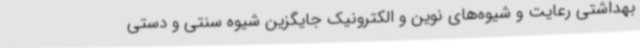
بهداشتی رعایت و شیوه‌های نوین و الکترونیک جایگزین شیوه سنتی و دستی